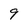
Character: 9